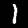
Digit: 1